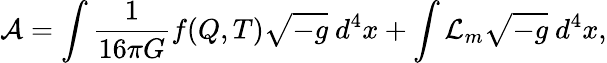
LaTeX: \mathcal{A}=\int\frac{1}{16\pi G}f(Q,T)\sqrt{-g}~d^{4}x+\int\mathcal{L}_{m}\sqrt{-g}~d^{4}x,